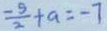
\frac { - 5 } { 2 } + a = - 7